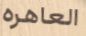
العاهره